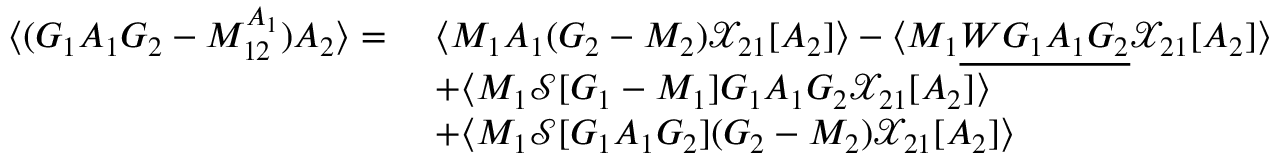
\begin{array} { r l } { \langle ( G _ { 1 } A _ { 1 } G _ { 2 } - M _ { 1 2 } ^ { A _ { 1 } } ) A _ { 2 } \rangle = \ } & { \langle M _ { 1 } A _ { 1 } ( G _ { 2 } - M _ { 2 } ) { \mathcal { X } } _ { 2 1 } [ A _ { 2 } ] \rangle - \langle M _ { 1 } \underline { { W G _ { 1 } A _ { 1 } G _ { 2 } } } { \mathcal { X } } _ { 2 1 } [ A _ { 2 } ] \rangle } \\ & { + \langle M _ { 1 } \mathcal { S } [ G _ { 1 } - M _ { 1 } ] G _ { 1 } A _ { 1 } G _ { 2 } { \mathcal { X } } _ { 2 1 } [ A _ { 2 } ] \rangle } \\ & { + \langle M _ { 1 } \mathcal { S } [ G _ { 1 } A _ { 1 } G _ { 2 } ] ( G _ { 2 } - M _ { 2 } ) { \mathcal { X } } _ { 2 1 } [ A _ { 2 } ] \rangle } \end{array}